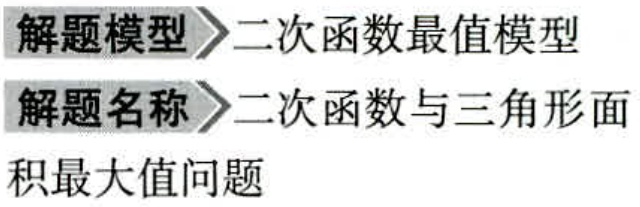
解题模型$\rightharpoonup$二次函数最值模型
解题名称$\rightharpoonup$二次函数与三角形面
积最大值问题